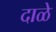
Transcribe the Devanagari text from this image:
दाळे